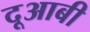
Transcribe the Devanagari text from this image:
दूआबी